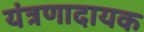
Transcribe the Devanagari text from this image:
यंत्रणादायक